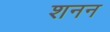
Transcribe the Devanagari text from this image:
शनन